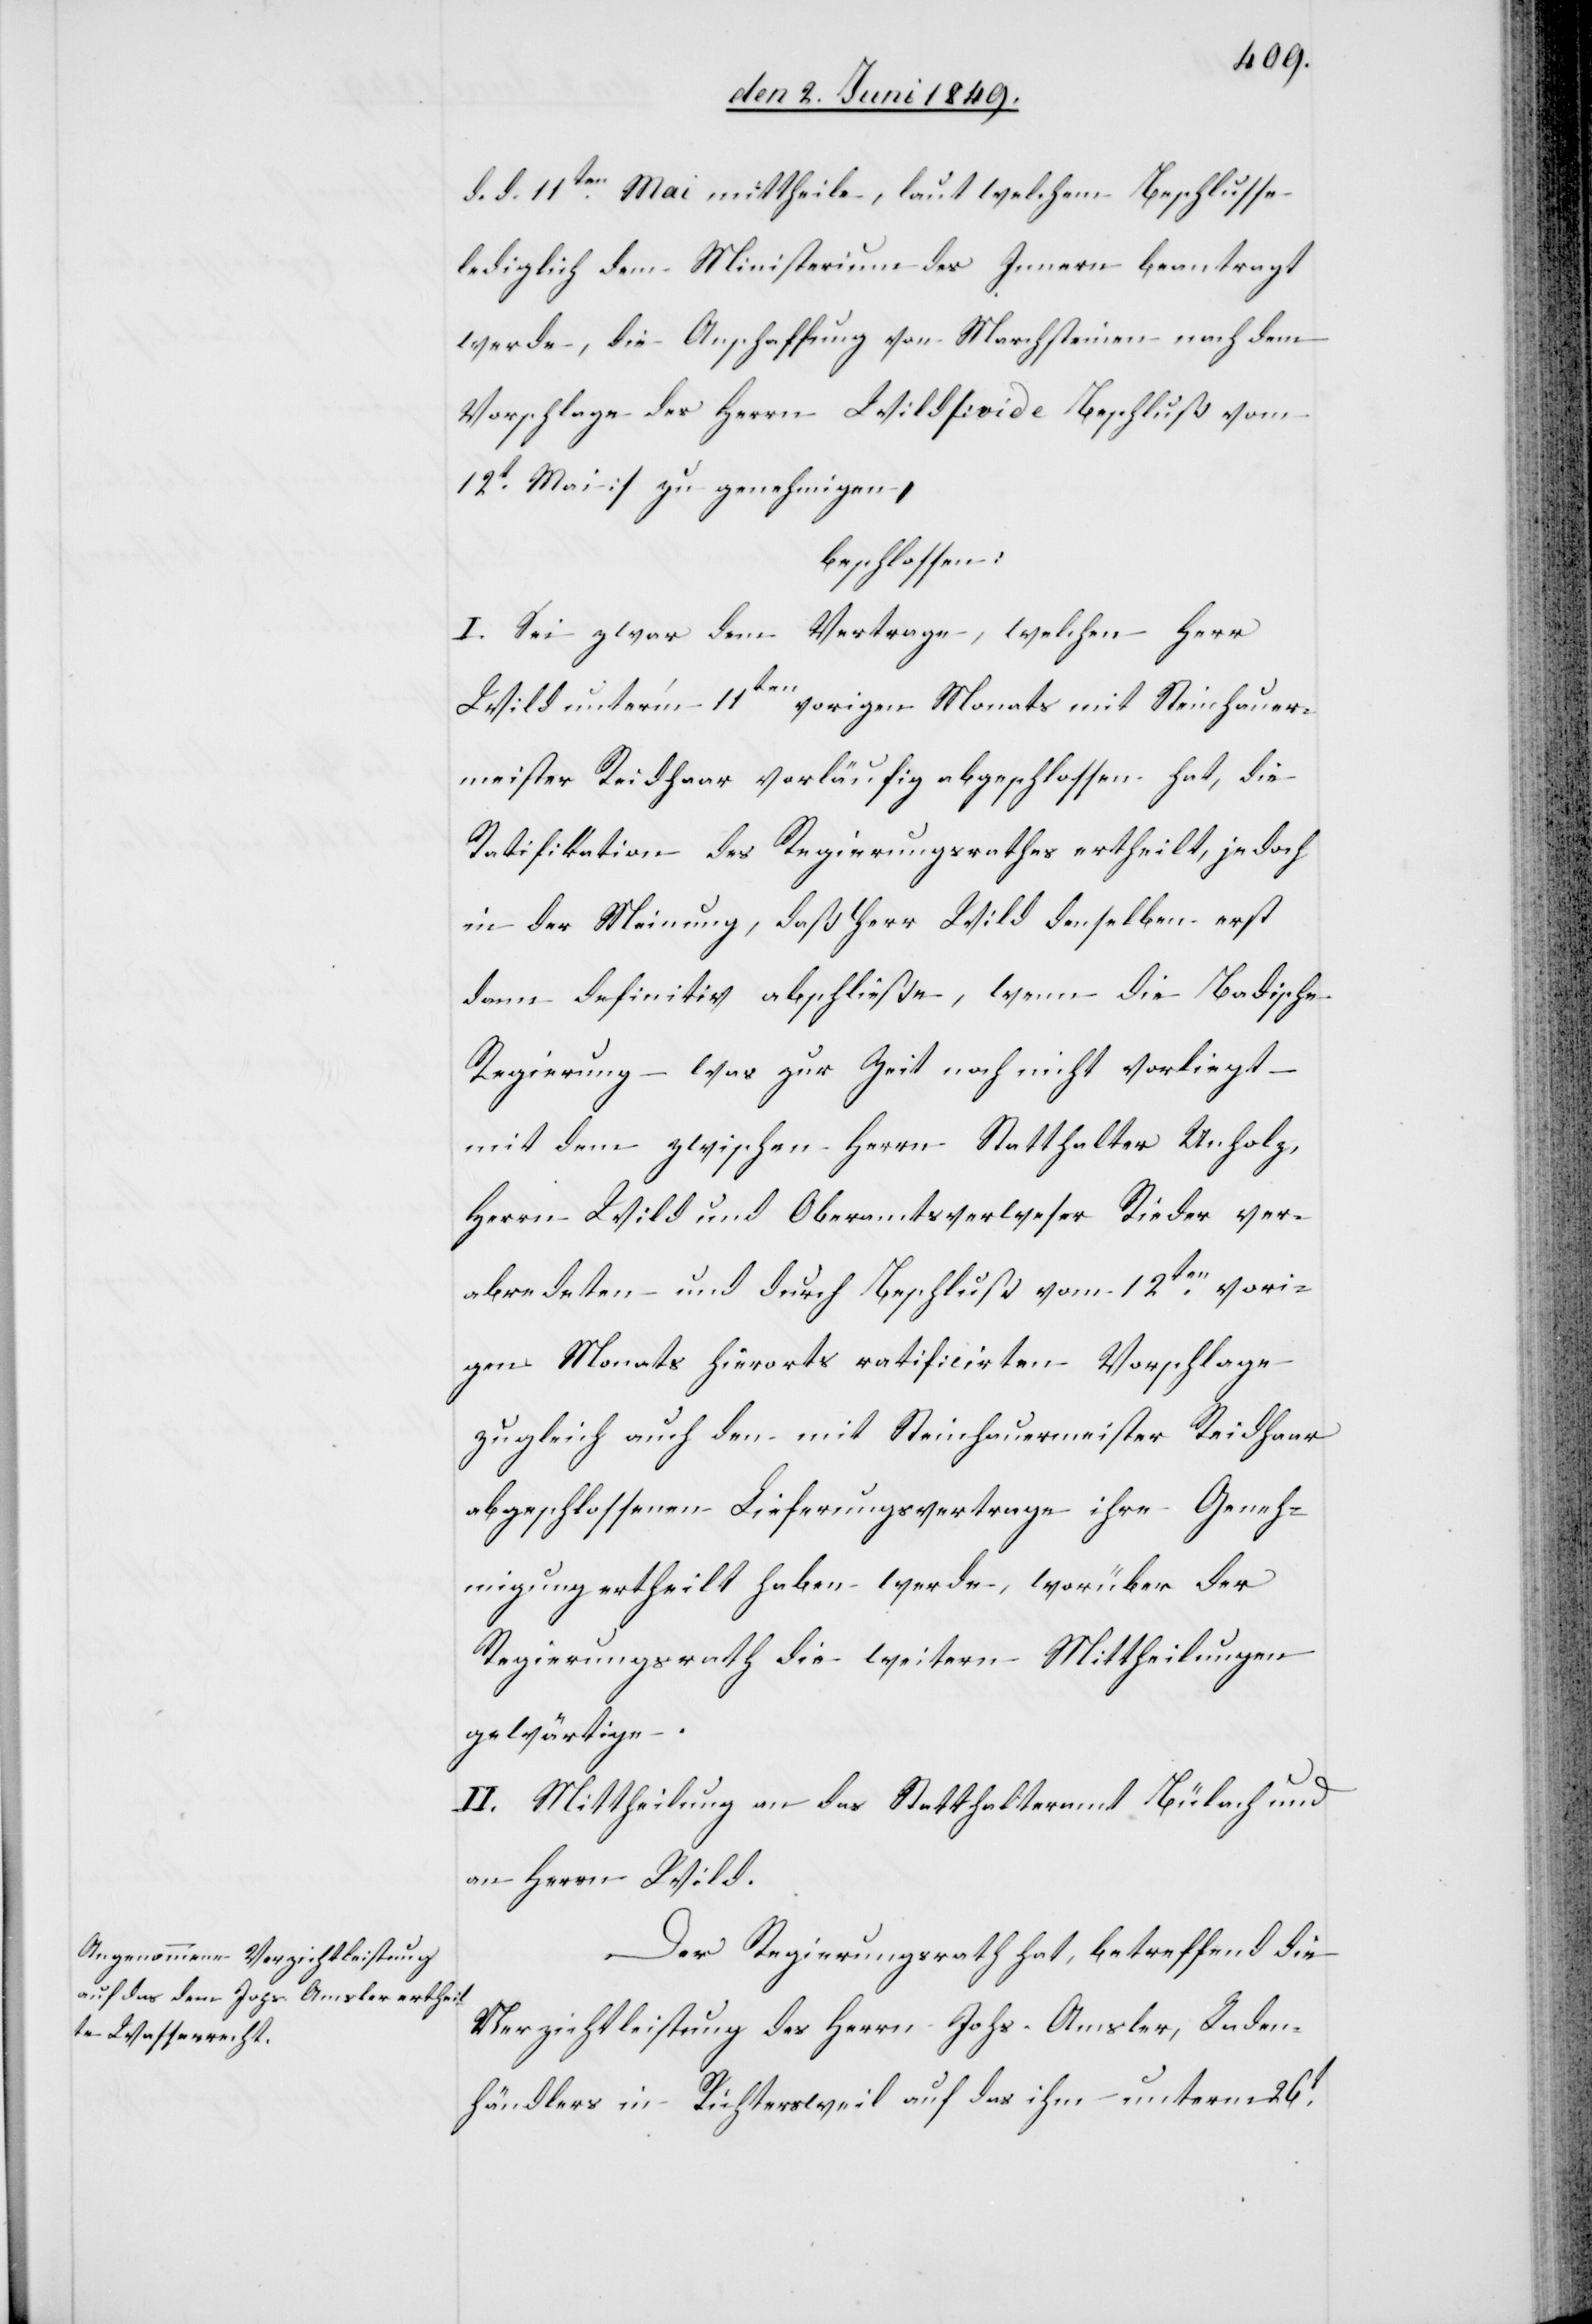
d. d. 11ten Mai mittheile, laut welchem Beschlusse
lediglich dem Ministerium des Innern beantragt
werde, die Anschaffung von Marchsteinen nach dem
Vorschlage des Herrn Wild [vide Beschluß vom
12t Mai] zu genehmigen,
beschlossen:
I. Sei zwar dem Vertrage, welchen Herr
Wild unter’m 11ten vorigen Monats mit Steinhauer¬
meister Reidhaar vorläufig abgeschlossen hat, die
Ratifikation des Regierungsrathes ertheilt, jedoch
in der Meinung, daß Herr Wild denselben erst
dann definitiv abschließe, wenn die Badische
Regierung – was zur Zeit noch nicht vorliegt –
mit dem zwischen Herrn Statthalter Unholz,
Herrn Wild und Oberamtsverweser Rieder ver¬
abredeten und durch Beschluß vom 12ten vori¬
gen Monats hierorts ratificirten Vorschlage
zugleich auch den mit Steinhauermeister Reidhaar
abgeschlossenen Lieferungsvertrage ihre Geneh¬
migung ertheilt haben werde, worüber der
Regierungsrath die weitern Mittheilungen
gewärtige.
II. Mittheilung an das Statthalteramt Bülach und
an Herrn Wild.
Der Regierungsrath hat, betreffend die
Verzichtleistung des Herrn Johs. Amsler, Laden¬
händlers in Richterschweil auf das ihm unterm 26t